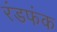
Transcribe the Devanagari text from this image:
रंडफंक